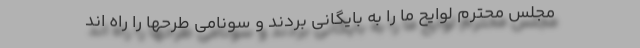
مجلس محترم لوایح ما را به بایگانی بردند و سونامی طرحها را راه اند